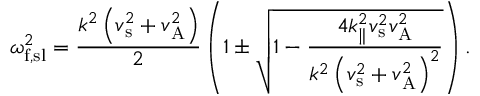
\omega _ { \mathrm { f , s l } } ^ { 2 } = { \frac { k ^ { 2 } \left( v _ { \mathrm { s } } ^ { 2 } + v _ { \mathrm { A } } ^ { 2 } \right) } { 2 } } \left( 1 \pm { \sqrt { 1 - { \frac { 4 k _ { \parallel } ^ { 2 } v _ { \mathrm { s } } ^ { 2 } v _ { \mathrm { A } } ^ { 2 } } { k ^ { 2 } \left( v _ { \mathrm { s } } ^ { 2 } + v _ { \mathrm { A } } ^ { 2 } \right) ^ { 2 } } } } } \right) .